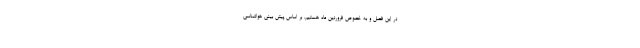
در این فصل و به خصوص فروردین ماه هستیم. بر اساس پیش بینی هواشناسی